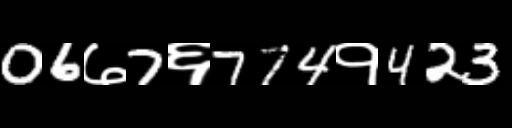
Text: 06७7६774१423